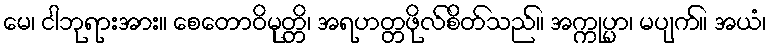
မေ၊ ငါဘုရားအား။ စေတောဝိမုတ္တိ၊ အရဟတ္တဖိုလ်စိတ်သည်။ အက္ကုပ္ပာ၊ မပျက်။ အယံ၊